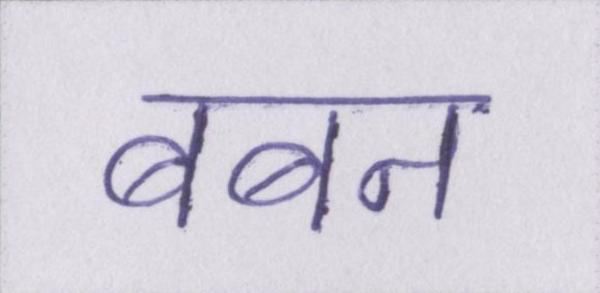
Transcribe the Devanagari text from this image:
बबन